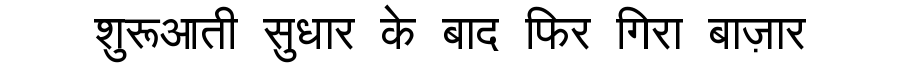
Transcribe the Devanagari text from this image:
शुरूआती सुधार के बाद फिर गिरा बाज़ार